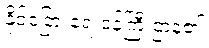
နိုင်ငံခြားရေးဝန်ကြီးဌာန၏